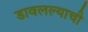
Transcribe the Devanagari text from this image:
डावलल्याची